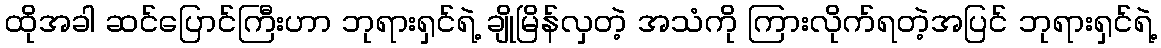
ထိုအခါ ဆင်ပြောင်ကြီးဟာ ဘုရားရှင်ရဲ့ ချိုမြိန်လှတဲ့ အသံကို ကြားလိုက်ရတဲ့အပြင် ဘုရားရှင်ရဲ့